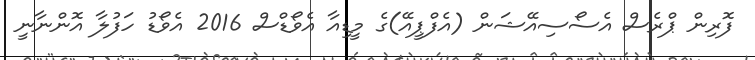
ފޮރިން ޕްރެސް އެސޯސިއޭޝަން (އެފްޕީއޭ)ގެ މީޑިއާ އެވޯޑްސް 2016 އެވޯޑު ހަފުލާ އޮންނާނީ